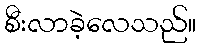
စီးလာခဲ့လေသည်။